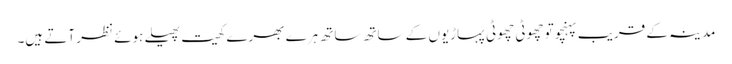
مدینہ کے قریب پہنچو تو چھوٹی چھوٹی پہاڑیوں کے ساتھ ساتھ ہرے بھرے کھیت پھیلے ہوئے نظر آتے ہیں۔